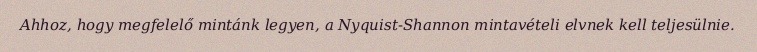
Ahhoz, hogy megfelelő mintánk legyen, a Nyquist-Shannon mintavételi elvnek kell teljesülnie.